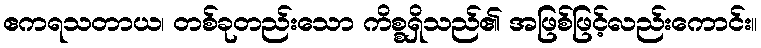
ဧကရသတာယ၊ တစ်ခုတည်းသော ကိစ္စရှိသည်၏ အဖြစ်ဖြင့်လည်းကောင်း။